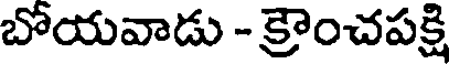
బోయవాడు - క్రౌంచపక్షి